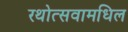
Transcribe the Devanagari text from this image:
रथोत्सवामधिल